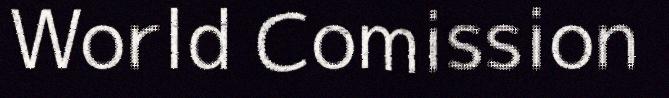
World Comission